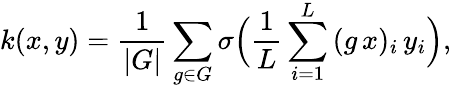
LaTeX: k(x,y)=\frac{1}{|G|}\sum_{g\in G}\sigma\Big(\frac{1}{L}\sum_{i=1}^{L}{(g\, x)_{i}\, y_{i}}\Big),